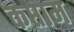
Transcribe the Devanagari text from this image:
कप्ताम